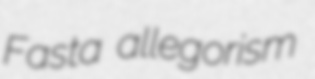
Fasta allegorism